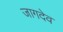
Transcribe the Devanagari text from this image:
जागदेव